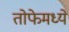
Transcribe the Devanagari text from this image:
तोफेमध्ये